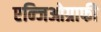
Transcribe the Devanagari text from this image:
एन्जिओग्राफी